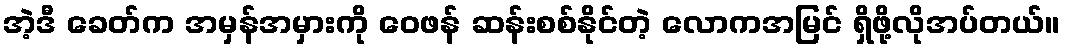
အဲ့ဒီ ခေတ်က အမှန်အမှားကို ဝေဖန် ဆန်းစစ်နိုင်တဲ့ လောကအမြင် ရှိဖို့လိုအပ်တယ်။